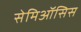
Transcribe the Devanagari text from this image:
सेमिऑसिस